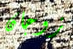
زوجان